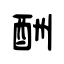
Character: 酬